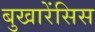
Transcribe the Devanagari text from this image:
बुखारेंसिस